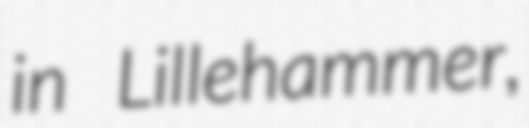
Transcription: in Lillehammer,